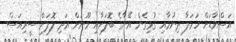
އަސްވާޑަށް ހަމަލާ ދިނުމާއި ގުޅިގެން އޭނާގެ ބޮލަށާއި މޫނަށް އަދި ލޮލަށް ސީރިއަސް